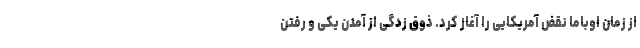
از زمان اوباما نقض آمریکایی را آغاز کرد. ذوق زدگی از آمدن یکی و رفتن